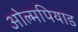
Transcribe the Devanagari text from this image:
ओल्मपियाड